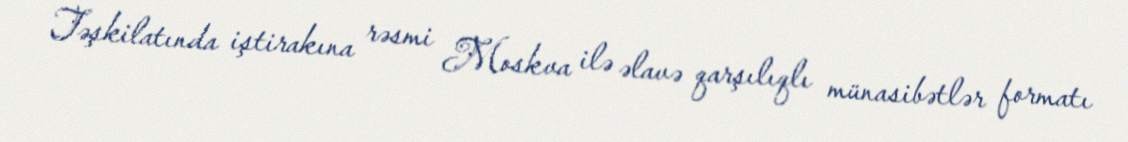
Təşkilatında iştirakına rəsmi Moskva ilə əlavə qarşılıqlı münasibətlər formatı